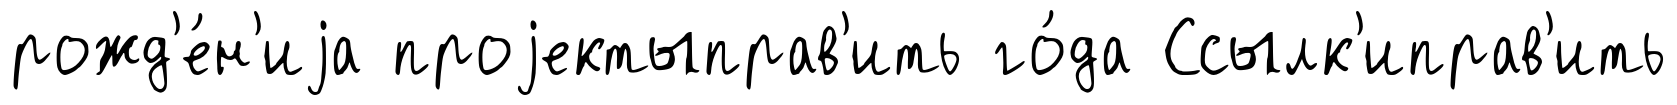
рожд'е́н'иjа проjектыправ'ить го́да Ссылк'иправ'ить